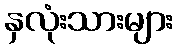
နှလုံးသားများ